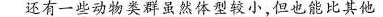
差不多大的动物活得更久，比如许多鸟类和蝙蝠，还有还有一些动物类群虽然体型较小，但也能比其他